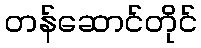
တန်ဆောင်တိုင်